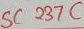
Text: SC237C